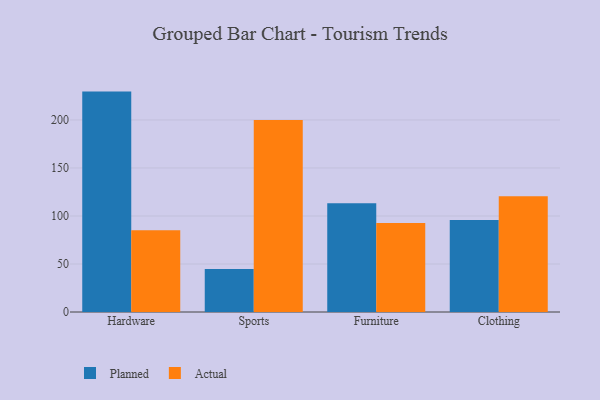
{"axis": {"x": "Category", "y": "Energy Usage (MWh)"}, "legend": ["Actual", "Planned"], "data": [{"x": "Hardware", "y": 229.5, "type": "Planned"}, {"x": "Hardware", "y": 85.2, "type": "Actual"}, {"x": "Sports", "y": 44.7, "type": "Planned"}, {"x": "Sports", "y": 199.8, "type": "Actual"}, {"x": "Furniture", "y": 113.3, "type": "Planned"}, {"x": "Furniture", "y": 92.6, "type": "Actual"}, {"x": "Clothing", "y": 95.8, "type": "Planned"}, {"x": "Clothing", "y": 120.4, "type": "Actual"}]}